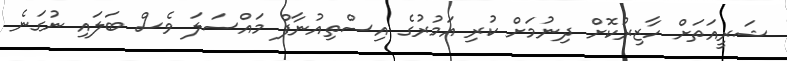
ޝަރީއަތަށް ހާޒިރުކޮށް ދިނުމަށް ކުރި އަމުރުގެ އިސްތިއުނާފް މައްސަލަ ވެސް ބަލައި ނުގަނެ